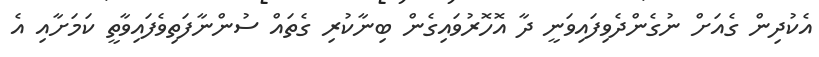
އެކުދިން ގެއަށް ނުގެންދެވިފައިވަނީ ދާ އޮހޮރުވައިގެން ބިނާކުރި ގެތައް ސުންނާފަތިވެފައިވާތީ ކަމަށާއި އެ